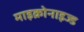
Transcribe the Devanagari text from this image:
माइक्रोनाइज्ड